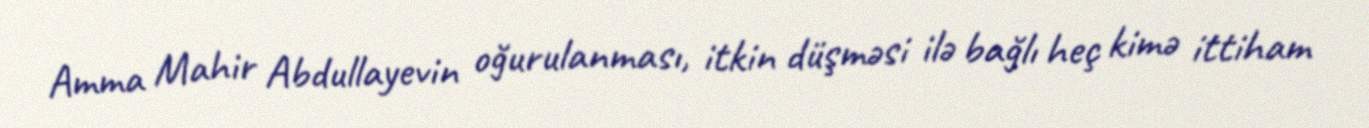
Amma Mahir Abdullayevin oğurulanması, itkin düşməsi ilə bağlı heç kimə ittiham